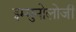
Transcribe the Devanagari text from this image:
इम्मुनोलोजी